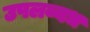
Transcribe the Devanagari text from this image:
उपलब्बध